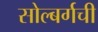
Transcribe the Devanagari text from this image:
सोल्बर्गची